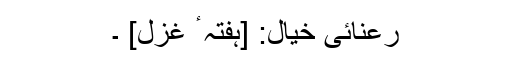
رعنائیِ خیال: [ہفتہ ٴ غزل] ۔